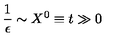
\frac { 1 } { \epsilon } \sim X ^ { 0 } \equiv t \gg 0